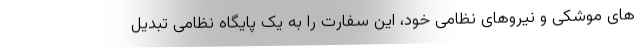
های موشکی و نیروهای نظامی خود، این سفارت را به یک پایگاه نظامی تبدیل